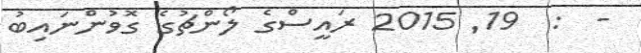
-  :  19